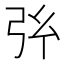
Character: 𢎺